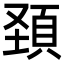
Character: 頚